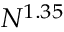
N ^ { 1 . 3 5 }